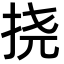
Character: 挠